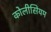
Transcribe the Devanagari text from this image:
कोलीसियम